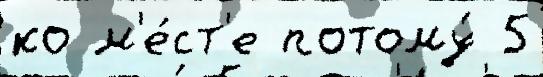
ко м'е́ст'е потому́ 5